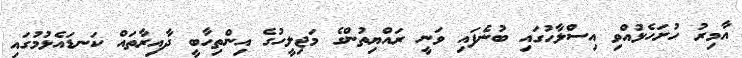
އާމިރު ހުށަހެޅުއްވި އިސްލާހުގައި ބުނެފައި ވަނީ ރައްޔިތުންގެ މަޖިލީހުގެ އިންތިހާބީ ދާއިރާތައް ކަނޑައެޅުމުގައި